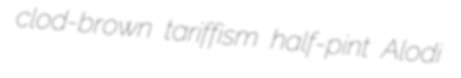
clod-brown tariffism half-pint Alodi